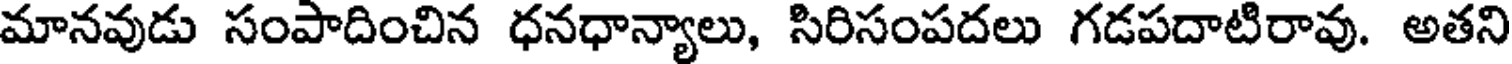
మానవుడు సంపాదించిన ధనధాన్యాలు, సిరిసంపదలు గడపదాటిరావు. అతని